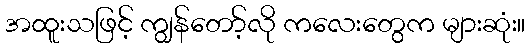
အထူးသဖြင့် ကျွန်တော့်လို ကလေးတွေက များဆုံး။